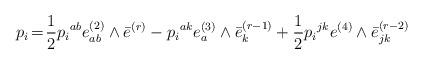
LaTeX: \begin{align*} p_i\! =\! \frac{1}{2}p{_i}^{ab}e^{(2)}_{ab}\wedge \bar{e}^{(r)} - p{_i}^{ak}e^{(3)}_{a}\wedge \bar{e}^{(r-1)}_k + \frac{1}{2}p{_i}^{jk}e^{(4)}\wedge \bar{e}^{(r-2)}_{jk}\end{align*}